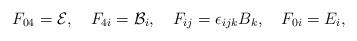
LaTeX: \begin{align*}F_{04}={\cal {E}}, \quad F_{4i}={\cal {B}}_{i},\quad F_{ij}=\epsilon_{ijk}B_{k}, \quad F_{0i}=E_{i},\end{align*}